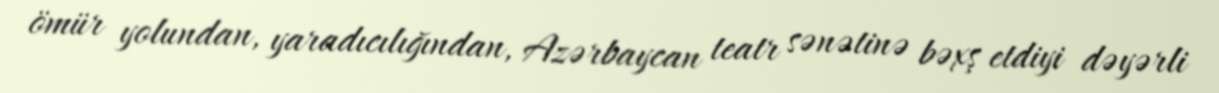
ömür yolundan, yaradıcılığından, Azərbaycan teatr sənətinə bəxş etdiyi dəyərli